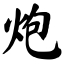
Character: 炮